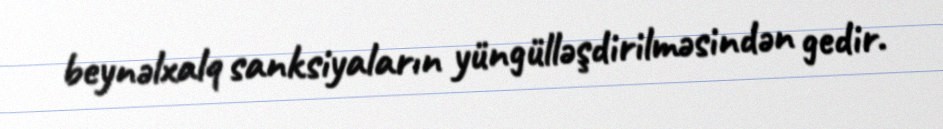
beynəlxalq sanksiyaların yüngülləşdirilməsindən gedir.